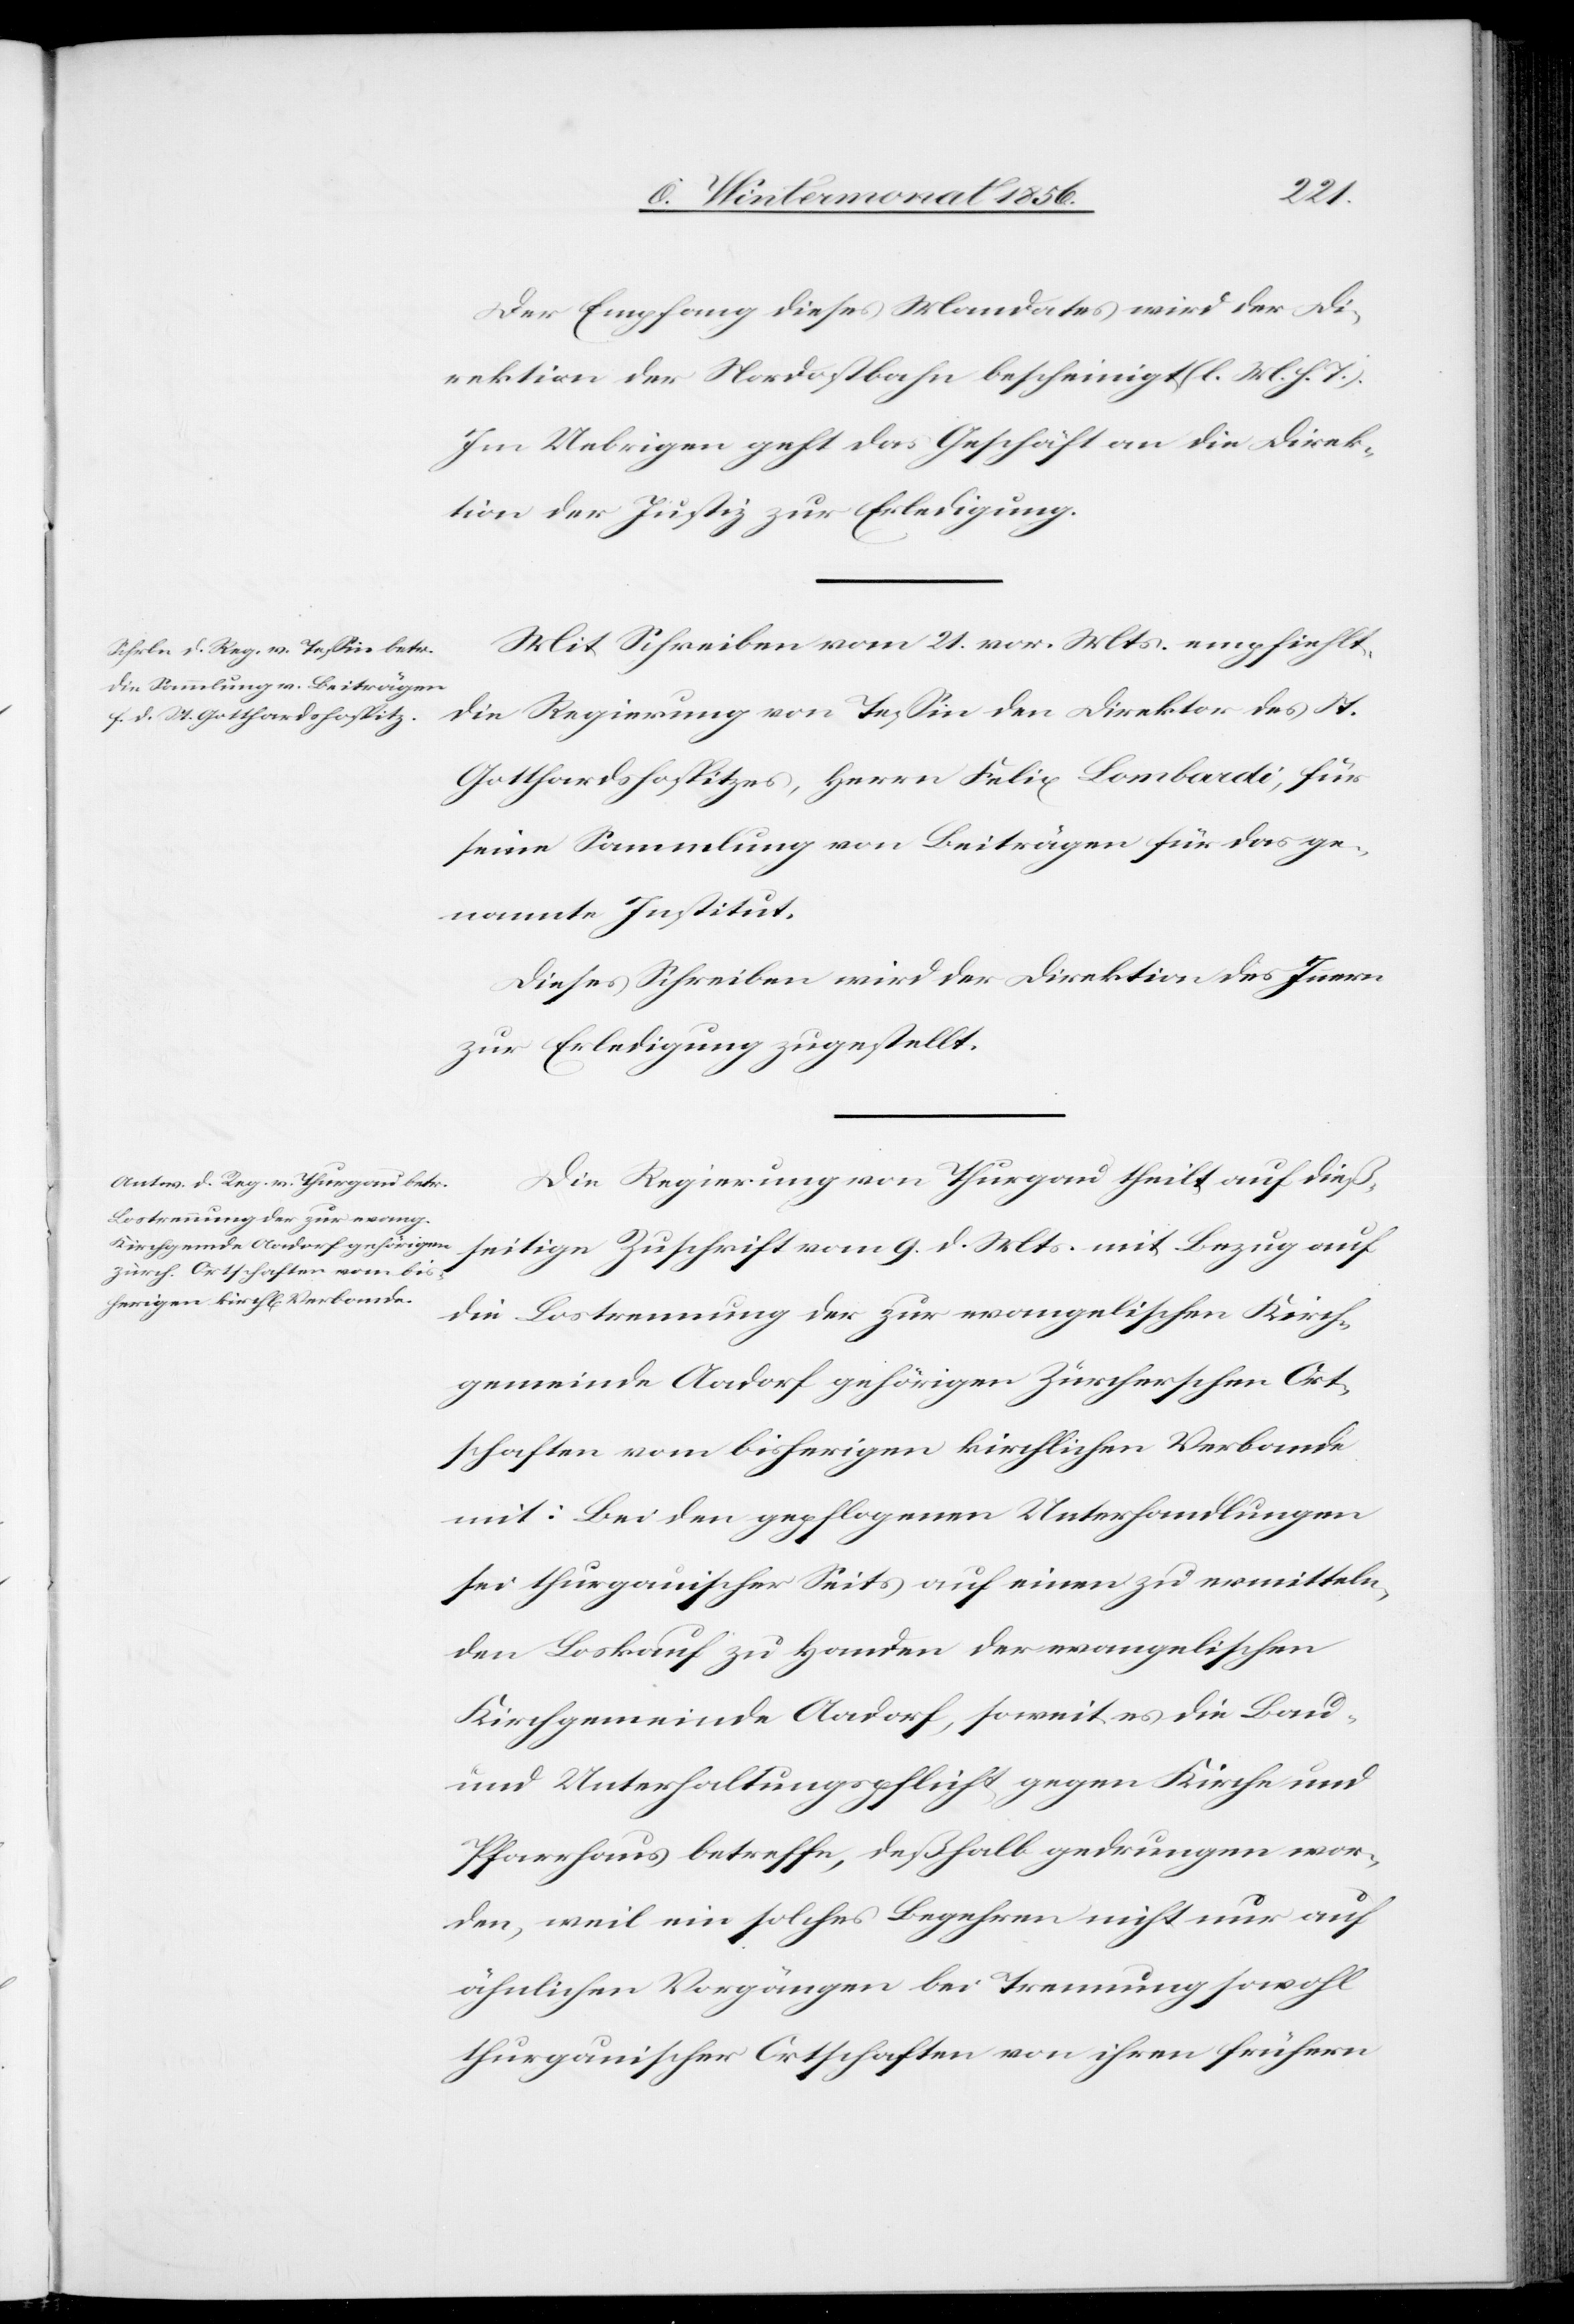
Der Empfang dieses Mandates wird der Di¬
rektion der Nordostbahn bescheinigt (l. M. h. T.).
Im Uebrigen geht das Geschäft an die Direk¬
tion der Justiz zur Erledigung.
Mit Schreiben vom 21. vor. Mts. empfiehlt
die Regierung von Tessin den Direktor des St.
Gotthardshospitzes, Herrn Felix Lombardi, für
seine Sammlung von Beiträgen für das ge¬
nannte Institut.
Dieses Schreiben wird der Direktion des Innern
zur Erledigung zugestellt.
Die Regierung von Thurgau theilt auf dieß¬
seitige Zuschrift vom 9. d. Mts. mit Bezug auf
die Lostrennung der zur evangelischen Kirch¬
gemeinde Aadorf gehörigen Zürcherschen Ort¬
schaften vom bisherigen kirchlichen Verbande
mit: Bei den gepflogenen Unterhandlungen
sei thurgauischer Seits auf einen zu ermitteln¬
den Loskauf zu Handen der evangelischen
Kirchgemeinde Aadorf, soweit es die Bau-
und Unterhaltungspflicht gegen Kirche und
Pfarrhaus betreffe, deßhalb gedrungen wor¬
den, weil ein solches Begehren nicht nur auf
ähnlichen Vorgängen bei Trennung sowohl
thurgauischer Ortschaften von ihren frühern